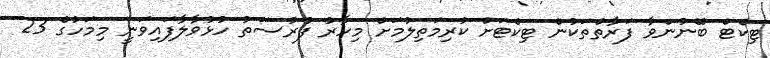
ޓިކެޓް ބޭނުންވާ ފަރާތްތަކުން ޓިކެޓަށް ކުރިމަތިލުމަށް މިހާރު ފުރުސަތު ހުޅުވާލާފައިވަނީ މިމަހުގެ 23